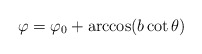
\begin{align*}\varphi =\varphi _{0}+\arccos (b\cot \theta ) \end{align*}